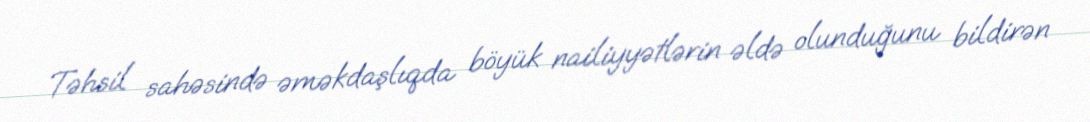
Təhsil sahəsində əməkdaşlıqda böyük nailiyyətlərin əldə olunduğunu bildirən